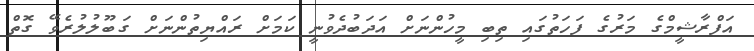
އަފްރާޝީމްގެ މަރުގެ ފަހަތުގައި ތިބި މީހުންނަށް އަދަބުދެވުނީ ކަމަށް ރައްޔިތުންނަށް ގަބޫލުލުރެވޭ ގޮތް